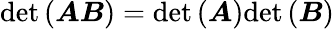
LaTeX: \mathrm{det}\left(\boldsymbol{A}\boldsymbol{B}\right)=\mathrm{det}\left(\boldsymbol{A}\right)\mathrm{det}\left(\boldsymbol{B}\right)